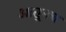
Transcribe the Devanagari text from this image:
आतूनच